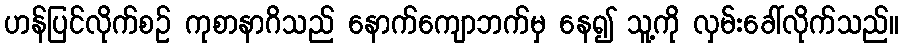
ဟန်ပြင်လိုက်စဉ် ကုစာနာဂိသည် နောက်ကျောဘက်မှ နေ၍ သူ့ကို လှမ်းခေါ်လိုက်သည်။